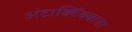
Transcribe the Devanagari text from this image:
अंटार्क्टिक्याचा